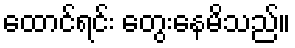
ထောင်ရင်း တွေးနေမိသည်။